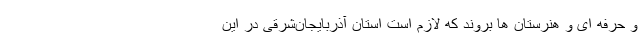
و حرفه ای و هنرستان ها بروند که لازم است استان آذربایجان‌شرقی در این